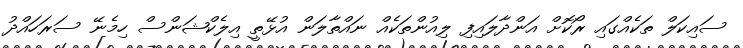
ސައިކަލް ތަކެއްގައި ރޯކޮށް އަންދާލައިފި ލިއުންތަކެއް ނައްތާލަން އުޅޭތީ އިލެކްޝަންސް ހިމެނޭ ސަރަހައްދު